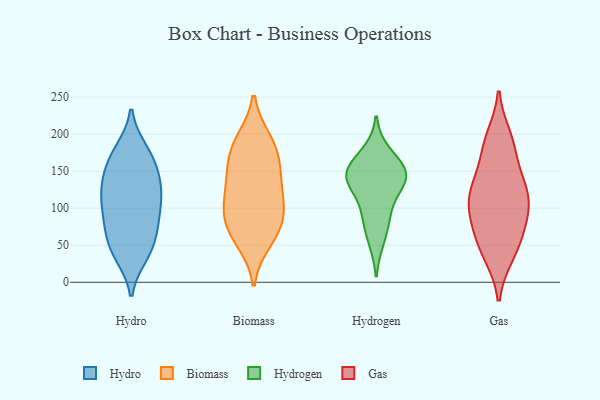
{"axis": {"x": "Operating Costs (USD K)", "y": "Value"}, "legend": ["Biomass", "Gas", "Hydro", "Hydrogen"], "data": [{"x": "", "y": 178, "type": "Hydro"}, {"x": "", "y": 175, "type": "Hydro"}, {"x": "", "y": 73, "type": "Hydro"}, {"x": "", "y": 138, "type": "Hydro"}, {"x": "", "y": 147, "type": "Hydro"}, {"x": "", "y": 51, "type": "Hydro"}, {"x": "", "y": 171, "type": "Hydro"}, {"x": "", "y": 95, "type": "Hydro"}, {"x": "", "y": 157, "type": "Hydro"}, {"x": "", "y": 40, "type": "Hydro"}, {"x": "", "y": 114, "type": "Hydro"}, {"x": "", "y": 37, "type": "Hydro"}, {"x": "", "y": 43, "type": "Hydro"}, {"x": "", "y": 125, "type": "Hydro"}, {"x": "", "y": 125, "type": "Hydro"}, {"x": "", "y": 93, "type": "Hydro"}, {"x": "", "y": 72, "type": "Hydro"}, {"x": "", "y": 88, "type": "Hydro"}, {"x": "", "y": 122, "type": "Hydro"}, {"x": "", "y": 152, "type": "Biomass"}, {"x": "", "y": 177, "type": "Biomass"}, {"x": "", "y": 104, "type": "Biomass"}, {"x": "", "y": 56, "type": "Biomass"}, {"x": "", "y": 68, "type": "Biomass"}, {"x": "", "y": 74, "type": "Biomass"}, {"x": "", "y": 185, "type": "Biomass"}, {"x": "", "y": 132, "type": "Biomass"}, {"x": "", "y": 102, "type": "Biomass"}, {"x": "", "y": 141, "type": "Biomass"}, {"x": "", "y": 93, "type": "Biomass"}, {"x": "", "y": 191, "type": "Biomass"}, {"x": "", "y": 147, "type": "Hydrogen"}, {"x": "", "y": 130, "type": "Hydrogen"}, {"x": "", "y": 138, "type": "Hydrogen"}, {"x": "", "y": 144, "type": "Hydrogen"}, {"x": "", "y": 85, "type": "Hydrogen"}, {"x": "", "y": 57, "type": "Hydrogen"}, {"x": "", "y": 175, "type": "Hydrogen"}, {"x": "", "y": 158, "type": "Hydrogen"}, {"x": "", "y": 143, "type": "Hydrogen"}, {"x": "", "y": 96, "type": "Hydrogen"}, {"x": "", "y": 147, "type": "Gas"}, {"x": "", "y": 116, "type": "Gas"}, {"x": "", "y": 38, "type": "Gas"}, {"x": "", "y": 67, "type": "Gas"}, {"x": "", "y": 40, "type": "Gas"}, {"x": "", "y": 55, "type": "Gas"}, {"x": "", "y": 96, "type": "Gas"}, {"x": "", "y": 124, "type": "Gas"}, {"x": "", "y": 124, "type": "Gas"}, {"x": "", "y": 181, "type": "Gas"}, {"x": "", "y": 84, "type": "Gas"}, {"x": "", "y": 121, "type": "Gas"}, {"x": "", "y": 96, "type": "Gas"}, {"x": "", "y": 195, "type": "Gas"}, {"x": "", "y": 186, "type": "Gas"}]}